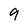
Character: 9